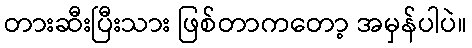
တားဆီးပြီးသား ဖြစ်တာကတော့ အမှန်ပါပဲ။